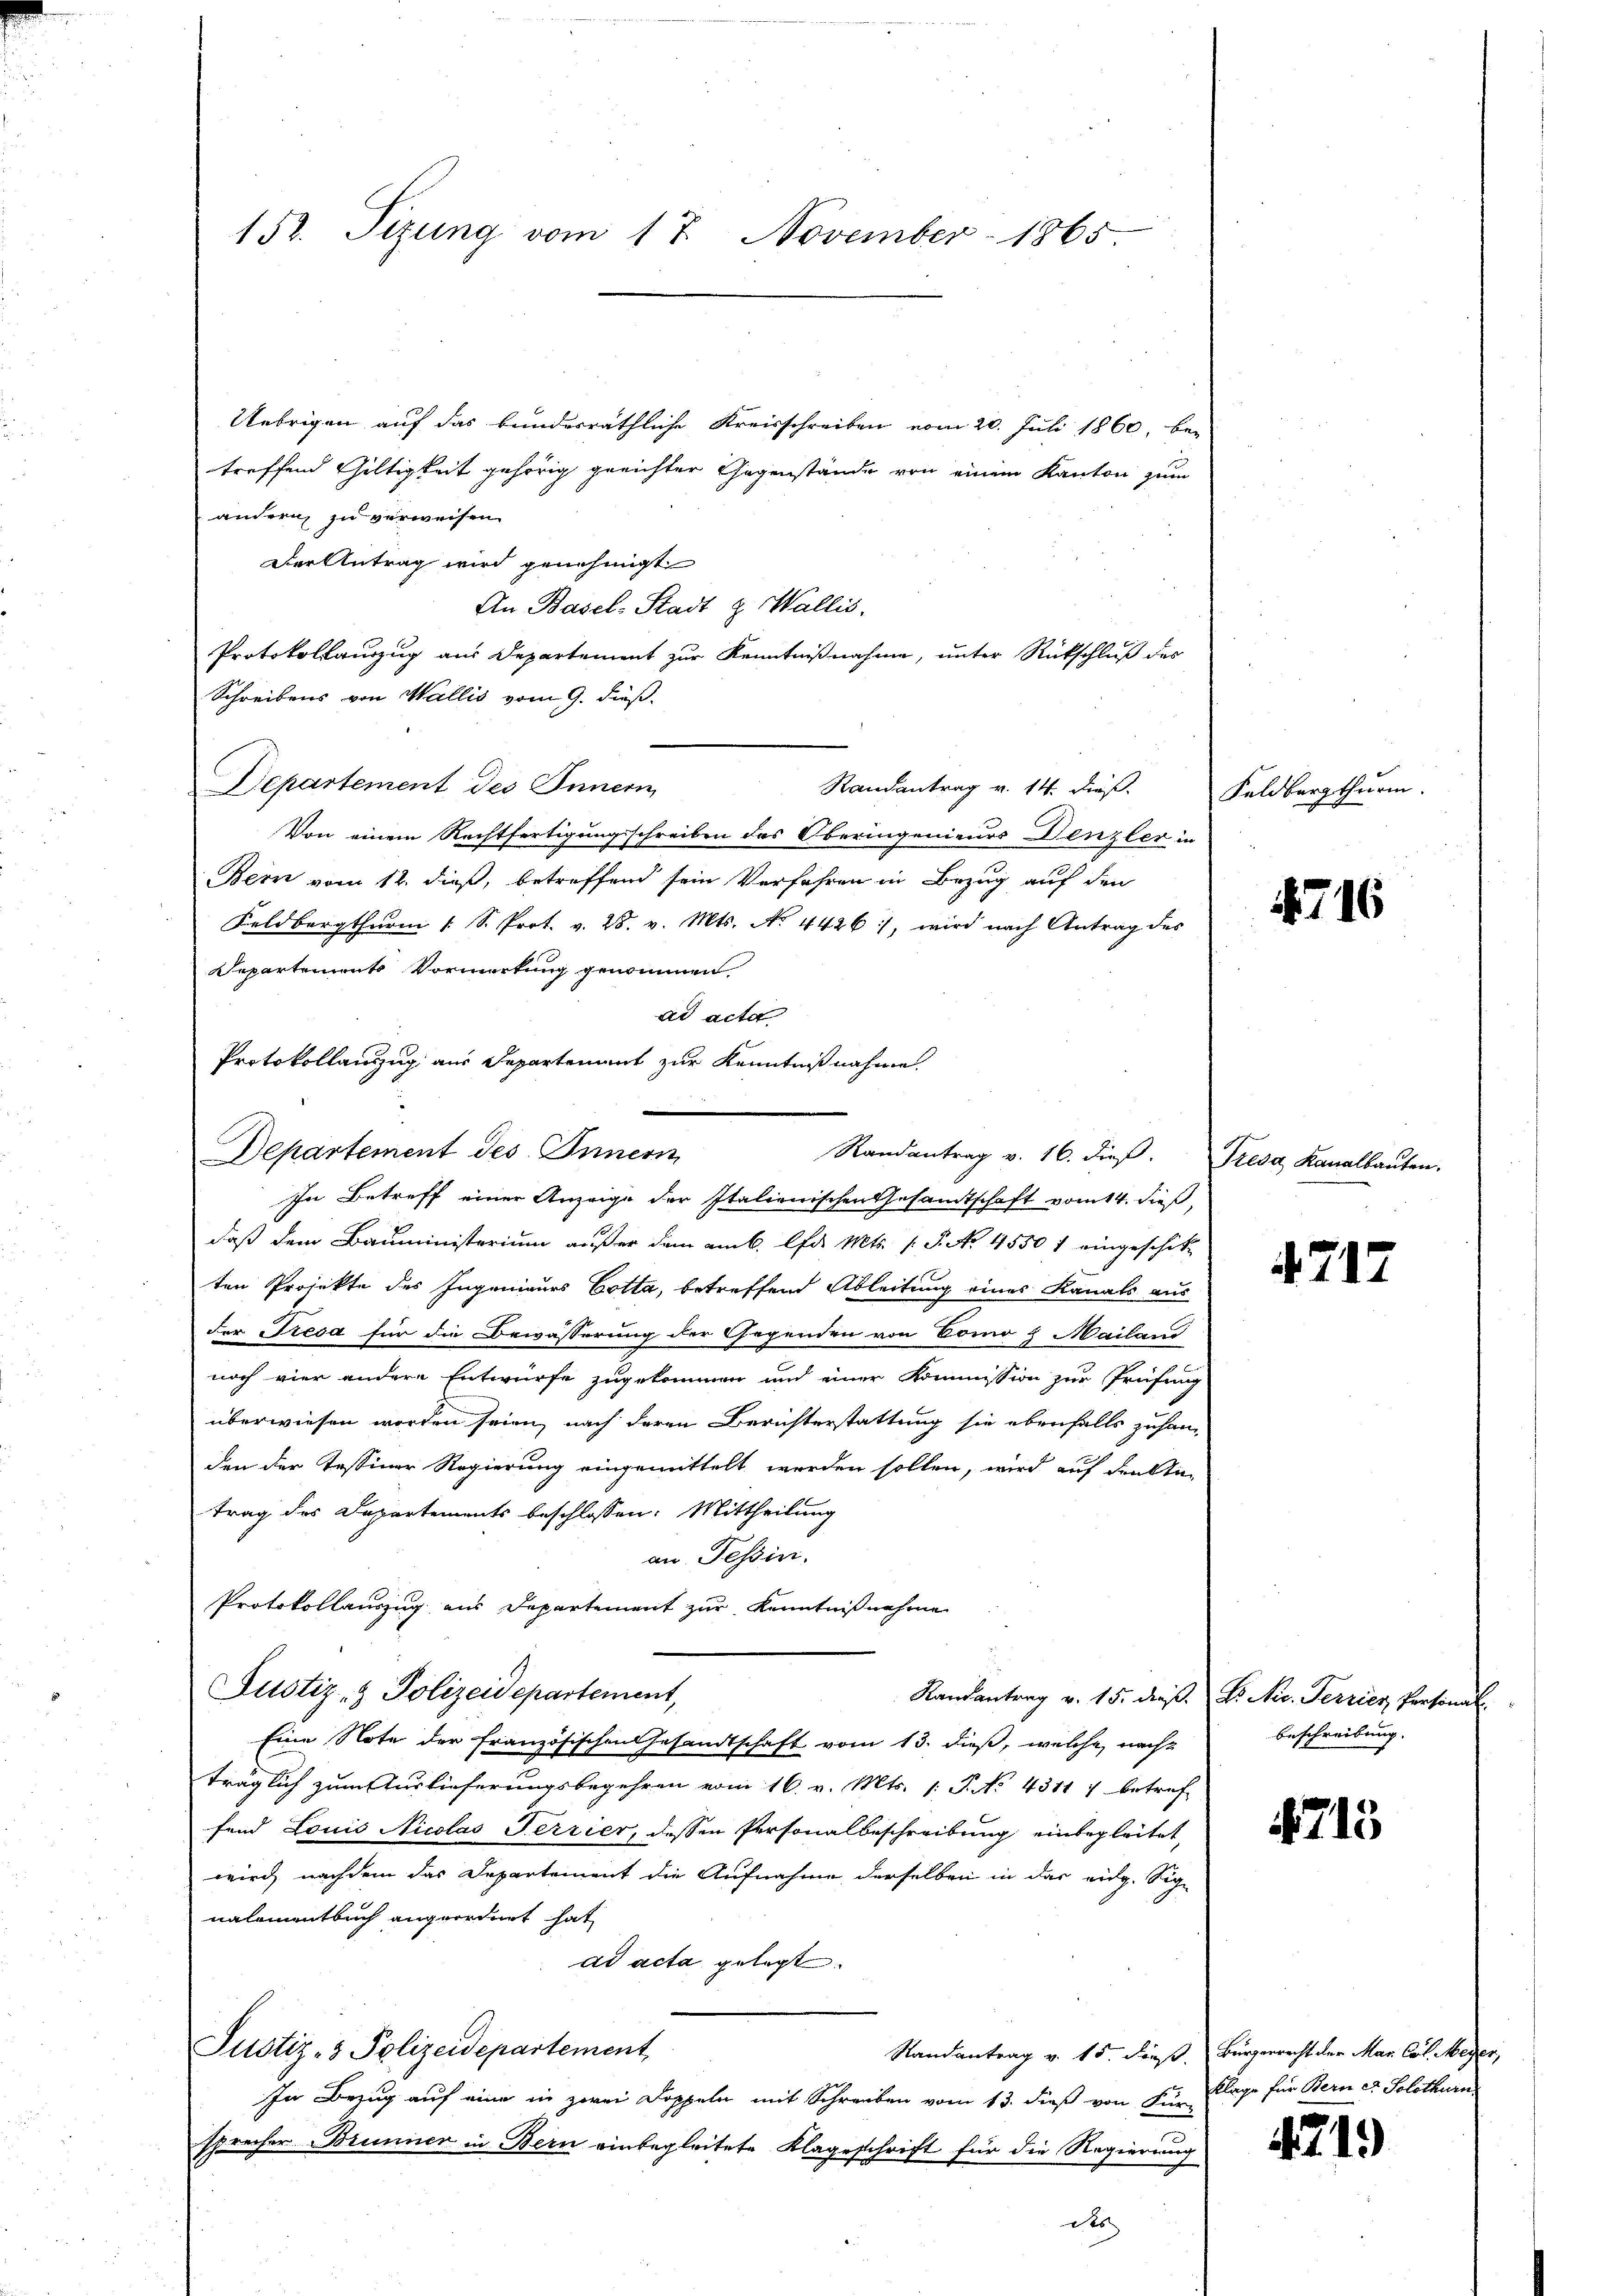
Uebrigen auf das bundesräthliche Kreisschreiben vom 20. Juli 1860, bei
treffend Gültigkeit gehörig gerichter Gegenstände von einem Kanton zum
andern zu verweisen.
Der Antrag wird genehmigt
An Basel-Stadt & Wallis,
Protokollauszug aus Departement zur Kenntnißnahme, unter Rückschluß des
Schreibens von Wallis vom 9. dieß.
Departement des Innern
Randantrag v. 14. dieß.
Von einem Rechtfertigungsschreiben des Oberingenieurs Denzler in
Bern vom 12. dieß, betreffend sein Verfahren in Bezug auf den
Feldbergthŭrm [S. Prot. v. 28. v. Mts. No. 4426), wird nach Antrag des
Departements Vormerkung genommen
ad acta
Protokollanzug aus Departement zur Kenntnißnahme.

Departement des Innern
Randantrag v. 16. dieβ. Tresa, Kanalbauten.

152. Sizung vom 17. November 1865

In Betreff einer Anzeige der Italienischen Gesandtschaft vom 14. dieß
daß dem Bauministerium außer dem amb. lfd. Mts. s. S. No. 4550 f eingeschik
ten Projekte des Ingenieurs Cotta, betreffend Ableitung eines Kanals aus
der Tresa für die Bewässerung der Gegenden von Como & Mailand
noch vier andere Entwurfe zugekommen und einer Kommission zur Prüfung
überwiesen worden seien, nach deren Berichterstattung sie ebenfalls zuhan-
den der Tessiner Regierung eingemittelt werden sollen, wird auf den An-
trag des Departements beschlossen: Mittheilung
an Tessin.
Protokollauszug aus Departement zur Kenntnißnahme
Justiz- & Polizeidepartement,
Randantrag v. 15. dieß. V. Nic. Terrier, Personal
Eine Note der französischen Gesandtschaft vom 13. dieß, welche nachz
träglich zum Auslieferungsbegehren vom 16. v. Mts. 1. P. No 43117 betref
fend Louis Nicolas Ferrier, dessen Personalbeschreibung einbegleitet
wird nachdem das Departement die Aufnahme derselben in das eidg. Sig-
nalementbuch angeordnet hat
ad acta gelegt.
Justiz- & Polizeidepartement
Randantrag v. 15. dieß. Bürgerrecht der Mar. Col. Meyer,
In Bezug auf eine in zwei Doppeln mit Schreiben vom 13. dieß von Kurz
sprecher Brunner in Bern einbegleitete Klageschrift für die Regierung

Feldberg thurm.

716

4717

Beschreibung. |

715

Klage für Bern et Solothurn

219